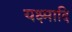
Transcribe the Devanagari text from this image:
यक्ष्मादि